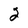
Character: 2